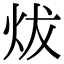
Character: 炦